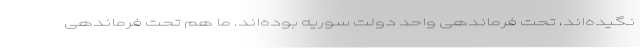
نگیده‌اند، تحت فرماندهی واحد دولت سوریه بوده‌اند. ما هم تحت فرماندهی